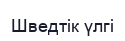
Шведтік үлгі